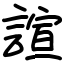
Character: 諠